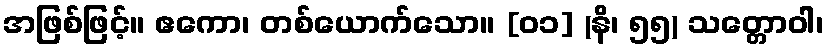
အဖြစ်ဖြင့်။ ဧကော၊ တစ်ယောက်သော။ [၀၁] (နိ၊ ၅၅) သတ္တောဝါ၊